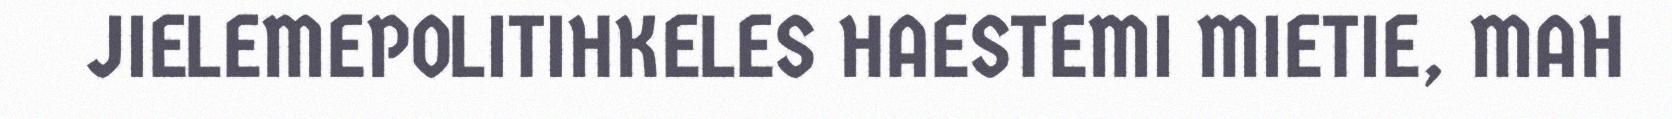
JIELEMEPOLITIHKELES HAESTEMI MIETIE, MAH